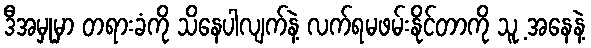
ဒီအမှုမှာ တရားခံကို သိနေပါလျက်နဲ့ လက်ရမဖမ်းနိုင်တာကို သူ့ အနေနဲ့